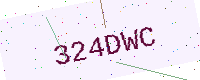
Text: 324DWC